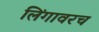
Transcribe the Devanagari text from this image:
लिंगावरच